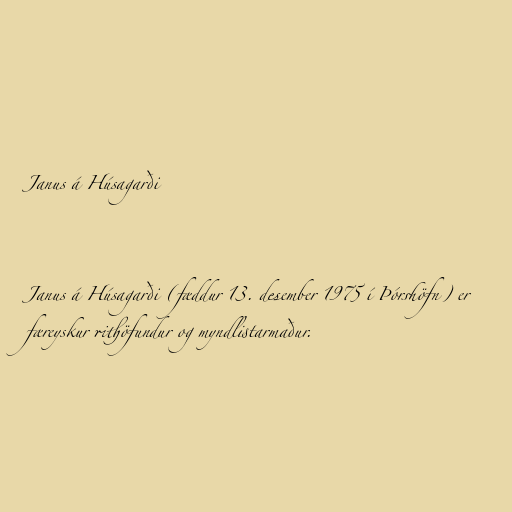
Janus á Húsagarði

Janus á Húsagarði (fæddur 13. desember 1975 í Þórshöfn) er
færeyskur rithöfundur og myndlistarmaður.